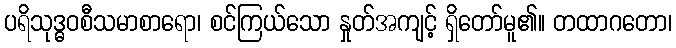
ပရိသုဒ္ဓဝစီသမာစာရော၊ စင်ကြယ်သော နှုတ်အကျင့် ရှိတော်မူ၏။ တထာဂတော၊